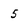
Character: 5